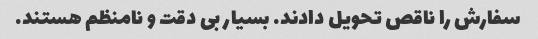
سفارش را ناقص تحویل دادند. بسیار بی دقت و نامنظم هستند.